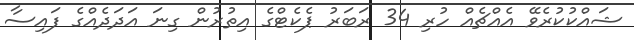
ޝައްކުކުރެވޭ އެއްޗެއް ހުރި 34 ރަބަރު ޕެކެޓްގެ އިތުރުން ގިނަ އަދަދެއްގެ ފައިސާ